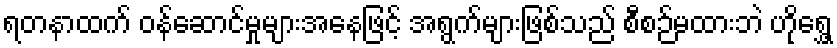
ရတနာထက် ဝန်ဆောင်မှုများအနေဖြင့် အရွက်များဖြစ်သည် စီစဉ်မထားဘဲ ဟိုရွှေ့